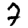
Digit: 7